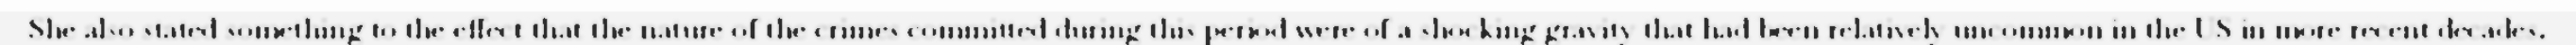
She also stated something to the effect that the nature of the crimes committed during this period were of a shocking gravity that had been relatively uncommon in the US in more recent decades.